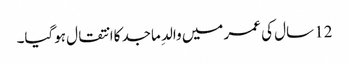
12 سال کی عمر میں والدِ ماجد کاانتقال ہوگیا۔